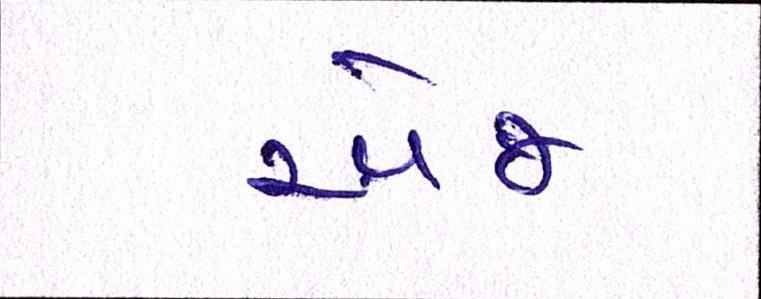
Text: એજ